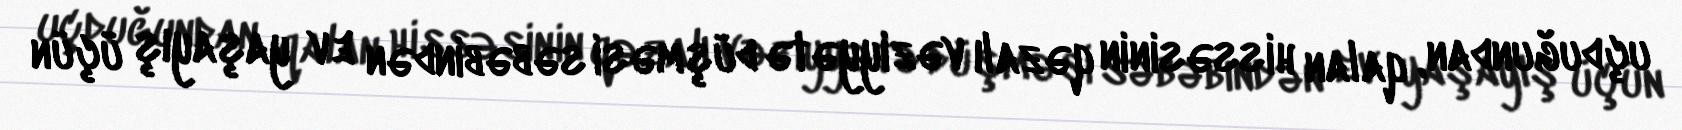
uçduğundan, qalan hissəsinin qəzalı vəziyyətə düşməsi səbəbindən ev yaşayış üçün